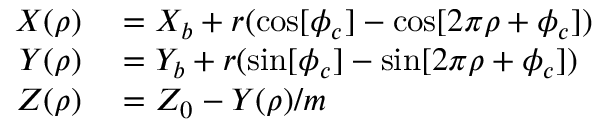
\begin{array} { r l } { X ( \rho ) } & { { } = X _ { b } + r ( \cos [ \phi _ { c } ] - \cos [ 2 \pi \rho + \phi _ { c } ] ) } \\ { Y ( \rho ) } & { { } = Y _ { b } + r ( \sin [ \phi _ { c } ] - \sin [ 2 \pi \rho + \phi _ { c } ] ) } \\ { Z ( \rho ) } & { { } = Z _ { 0 } - Y ( \rho ) / m } \end{array}